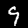
Digit: 9